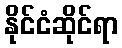
နိုင်ငံဆိုင်ရာ